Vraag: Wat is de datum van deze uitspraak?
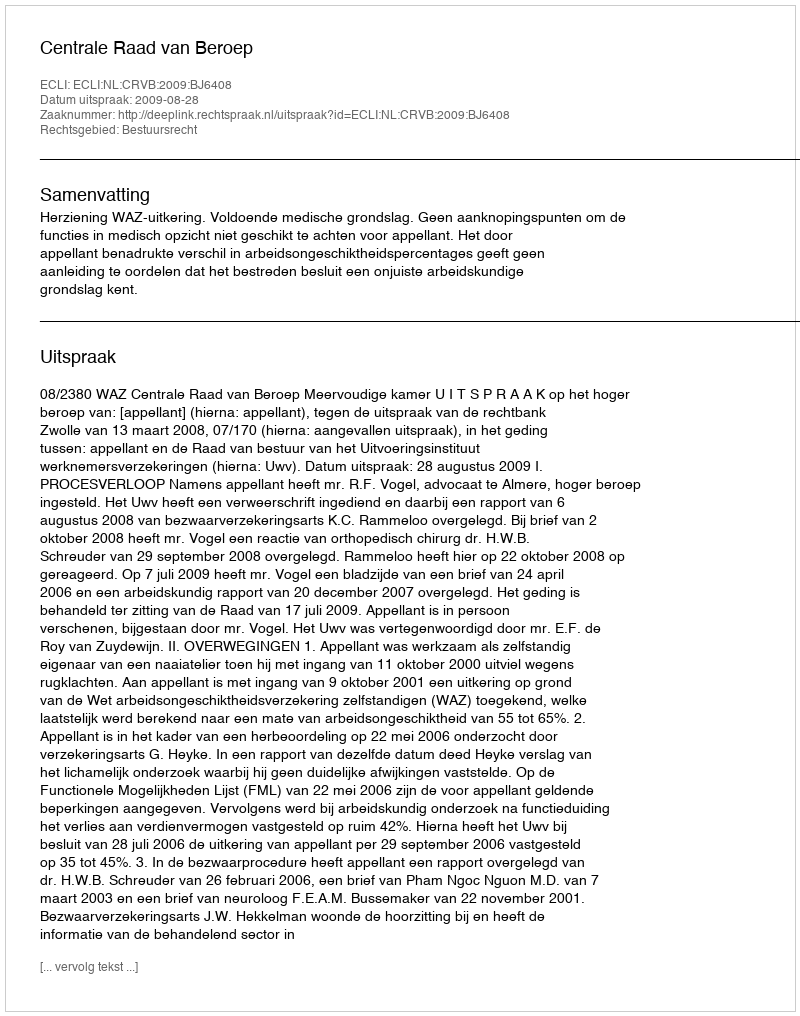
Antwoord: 2009-08-28